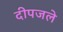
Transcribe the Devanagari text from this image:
दीपजले